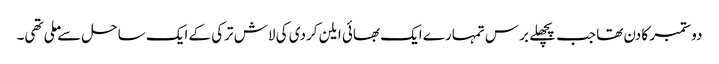
دو ستمبر کا دن تھا جب پچھلے برس تمہارے ایک بھائی ایلن کردی کی لاش ترکی کے ایک ساحل سے ملی تھی۔